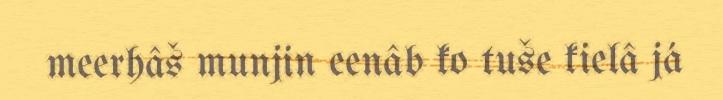
meerhâš munjin eenâb ko tuše kielâ já